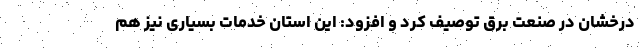
درخشان در صنعت برق توصیف کرد و افزود: این استان خدمات بسیاری نیز هم